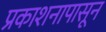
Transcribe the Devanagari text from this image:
प्रकाशनापासून